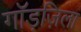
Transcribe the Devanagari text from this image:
गॉड़ज़िला